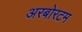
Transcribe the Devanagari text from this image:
अरबोरटम